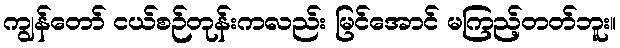
ကျွန်တော် ငယ်စဉ်တုန်းကလည်း မြင်အောင် မကြည့်တတ်ဘူး။